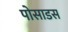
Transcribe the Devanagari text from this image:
पोसाडस